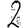
Digit: 2